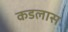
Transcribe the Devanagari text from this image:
कडलास